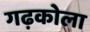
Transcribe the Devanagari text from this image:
गढ़कोला